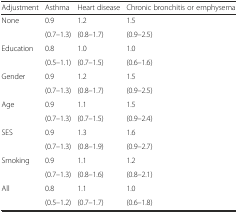
<table><thead><tr><td><b>Adjustment</b></td><td><b>Asthma</b></td><td><b>Heart disease</b></td><td><b>Chronic bronchitis or emphysema</b></td></tr></thead><tbody><tr><td rowspan="2">None</td><td>0.9</td><td>1.2</td><td>1.5</td></tr><tr><td>(0.7–1.3)</td><td>(0.8–1.7)</td><td>(0.9–2.5)</td></tr><tr><td rowspan="2">Education</td><td>0.8</td><td>1.0</td><td>1.0</td></tr><tr><td>(0.5–1.1)</td><td>(0.7–1.5)</td><td>(0.6–1.6)</td></tr><tr><td rowspan="2">Gender</td><td>0.9</td><td>1.2</td><td>1.5</td></tr><tr><td>(0.7–1.3)</td><td>(0.8–1.7)</td><td>(0.9–2.5)</td></tr><tr><td rowspan="2">Age</td><td>0.9</td><td>1.1</td><td>1.5</td></tr><tr><td>(0.7–1.3)</td><td>(0.7–1.5)</td><td>(0.9–2.4)</td></tr><tr><td>SES</td><td>0.9</td><td>1.3</td><td>1.6</td></tr><tr><td></td><td>(0.7–1.3)</td><td>(0.8–1.9)</td><td>(0.9–2.7)</td></tr><tr><td rowspan="2">Smoking</td><td>0.9</td><td>1.1</td><td>1.2</td></tr><tr><td>(0.7–1.3)</td><td>(0.8–1.6)</td><td>(0.8–2.1)</td></tr><tr><td rowspan="2">All</td><td>0.8</td><td>1.1</td><td>1.0</td></tr><tr><td>(0.5–1.2)</td><td>(0.7–1.7)</td><td>(0.6–1.8)</td></tr></tbody></table>